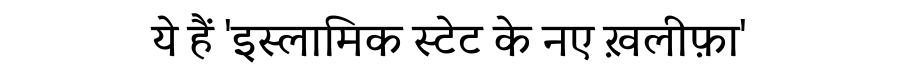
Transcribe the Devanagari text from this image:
ये हैं 'इस्लामिक स्टेट के नए ख़लीफ़ा'